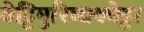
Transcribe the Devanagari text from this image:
वेट्टिमुरिच्चकोट्टा